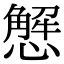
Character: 𢢣